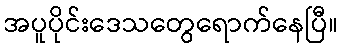
အပူပိုင်းဒေသတွေရောက်နေပြီ။